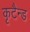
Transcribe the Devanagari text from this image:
कृटैन्ड